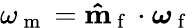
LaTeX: \omega_{\mathrm{~m~}}=\mathbf{\hat{m}}_{\mathrm{~f~}}\cdot\boldsymbol{\omega}_{\mathrm{~f~}}